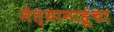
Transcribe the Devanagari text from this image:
नेत्यानाहूंचा